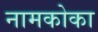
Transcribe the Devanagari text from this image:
नामकोका